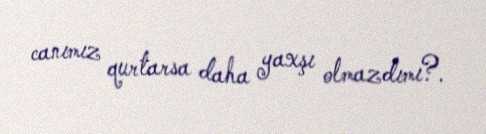
canımız qurtarsa daha yaxşı olmazdımı?.